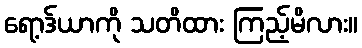
ရော့ဒ်ယာကို သတိထား ကြည့်မိလား။